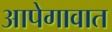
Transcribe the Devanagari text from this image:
आपेगावात